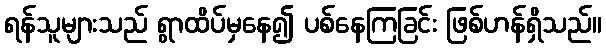
ရန်သူများသည် ရွာထိပ်မှနေ၍ ပစ်နေကြခြင်း ဖြစ်ဟန်ရှိသည်။